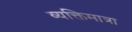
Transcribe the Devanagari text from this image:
व्यक्तिमात्रा